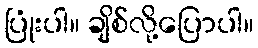
ပြုံးပါ။ ချိစ်လို့ပြောပါ။